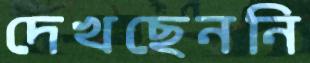
দেখছেননি